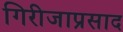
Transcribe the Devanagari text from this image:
गिरीजाप्रसाद